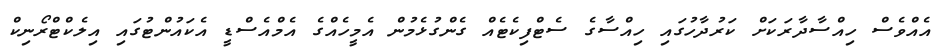
އެއްވެސް ހިއްސާދާރަކަށް ކަރުދާހުގައި ހިއްސާގެ ސެޓްފިކެޓެއް ގެންގުޅެމުން އެމީހެއްގެ އެމްއެސްޑީ އެކައުންޓުގައި އިލެކްޓްރޯނިކް